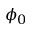
\phi _ { 0 }